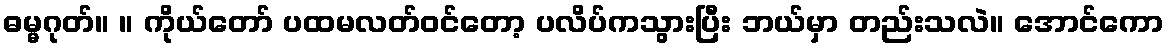
ဓမ္မဂုတ်။ ။ ကိုယ်တော် ပထမလတ်ဝင်တော့ ပလိပ်ကသွားပြီး ဘယ်မှာ တည်းသလဲ။ အောင်ကော